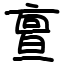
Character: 亶